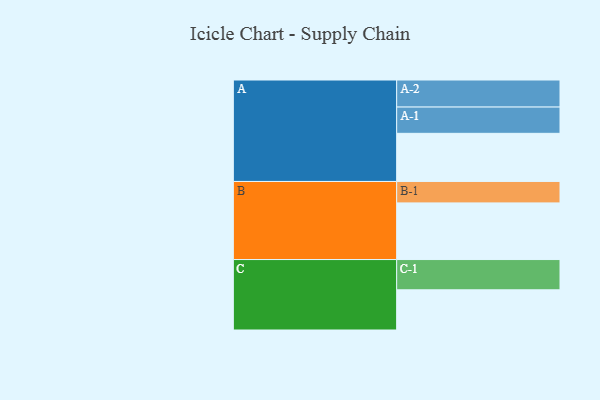
{"axis": {"x": "Segment", "y": "Value"}, "legend": ["", "A", "B", "C"], "data": [{"x": "A", "y": 377, "type": ""}, {"x": "B", "y": 444, "type": ""}, {"x": "C", "y": 315, "type": ""}, {"x": "A-1", "y": 206, "type": "A"}, {"x": "A-2", "y": 212, "type": "A"}, {"x": "B-1", "y": 168, "type": "B"}, {"x": "C-1", "y": 237, "type": "C"}]}